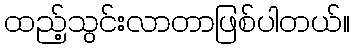
ထည့်သွင်းလာတာဖြစ်ပါတယ်။